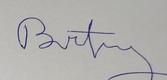
Signature authenticity: forged